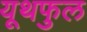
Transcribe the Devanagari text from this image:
यूथफुल